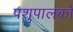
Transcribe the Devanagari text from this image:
पशुपालको